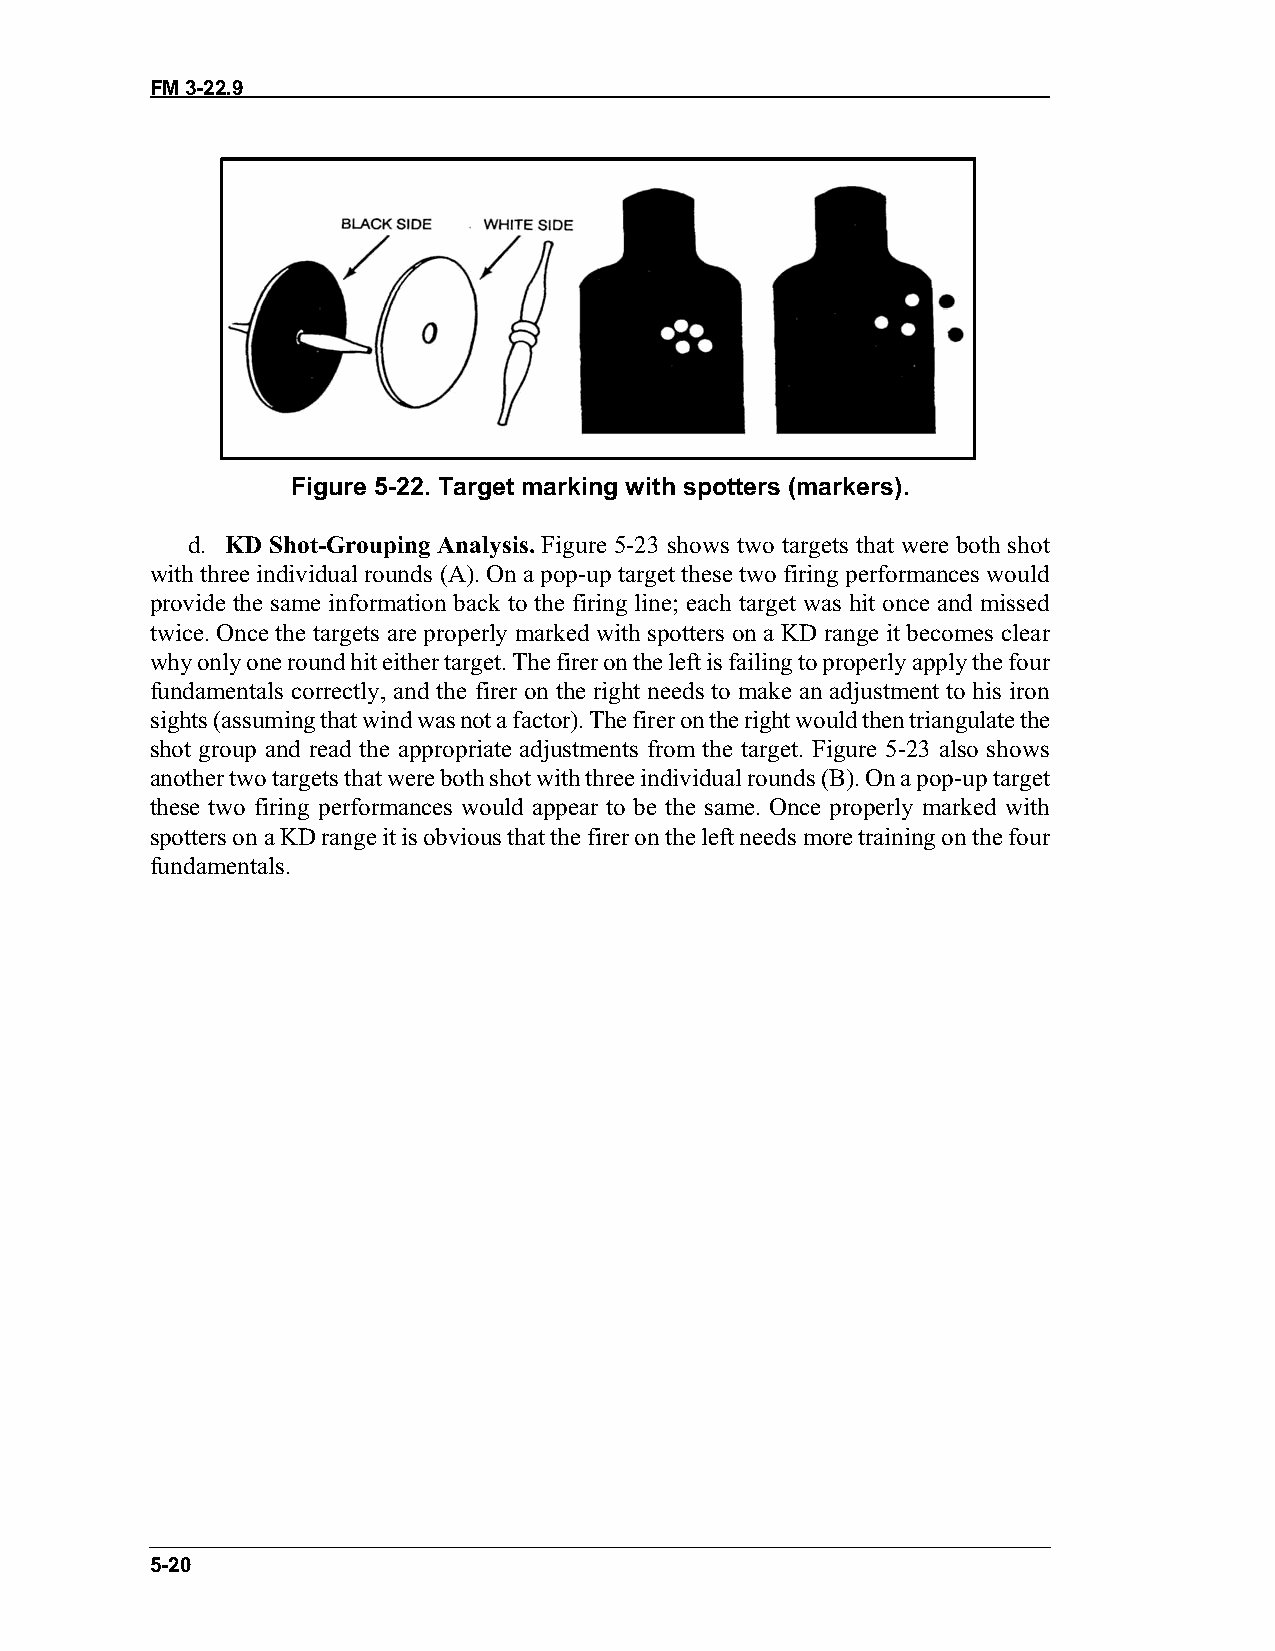
FM 3-22.9
 Figure 5-22. Target marking with spotters (markers).
 d. KD Shot-Grouping Analysis. Figure 5-23 shows two targets that were both shot
 with three individual rounds (A). On a pop-up target these two firing performances would
 provide the same information back to the firing line; each target was hit once and missed
 twice. Once the targets are properly marked with spotters on a KD range it becomes clear
 why only one round hit either target. The firer on the left is failing to properly apply the four
 fundamentals correctly, and the firer on the right needs to make an adjustment to his iron
 sights (assuming that wind was not a factor). The firer on the right would then triangulate the
 shot group and read the appropriate adjustments from the target. Figure 5-23 also shows
 another two targets that were both shot with three individual rounds (B). On a pop-up target
 these two firing performances would appear to be the same. Once properly marked with
 spotters on a KD range it is obvious that the firer on the left needs more training on the four
 fundamentals.
 5-20